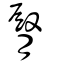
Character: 臋